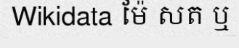
Wikidata ម៉ែ សត ឬ